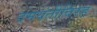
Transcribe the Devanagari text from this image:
दमयंतीविरह